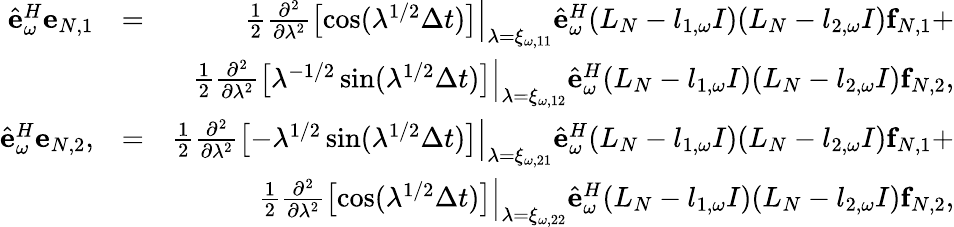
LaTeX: \begin{array}{rlr}{\hat{\mathbf e}_{\omega}^{H}{\mathbf e}_{N,1}}&{=}&{\frac{1}{2}\left.\frac{\partial^{2}}{\partial\lambda^{2}}\left[\cos(\lambda^{1/2}\Delta t)\right]\right|_{\lambda=\xi_{\omega,11}}\hat{\mathbf e}_{\omega}^{H}(L_{N}-l_{1,\omega}I)(L_{N}-l_{2,\omega}I){\mathbf f}_{N,1}+}\\ &{}&{\frac{1}{2}\left.\frac{\partial^{2}}{\partial\lambda^{2}}\left[\lambda^{-1/2}\sin(\lambda^{1/2}\Delta t)\right]\right|_{\lambda=\xi_{\omega,12}}\hat{\mathbf e}_{\omega}^{H}(L_{N}-l_{1,\omega}I)(L_{N}-l_{2,\omega}I){\mathbf f}_{N,2},}\\ {\hat{\mathbf e}_{\omega}^{H}{\mathbf e}_{N,2},}&{=}&{\frac{1}{2}\left.\frac{\partial^{2}}{\partial\lambda^{2}}\left[-\lambda^{1/2}\sin(\lambda^{1/2}\Delta t)\right]\right|_{\lambda=\xi_{\omega,21}}\hat{\mathbf e}_{\omega}^{H}(L_{N}-l_{1,\omega}I)(L_{N}-l_{2,\omega}I){\mathbf f}_{N,1}+}\\ &{}&{\frac{1}{2}\left.\frac{\partial^{2}}{\partial\lambda^{2}}\left[\cos(\lambda^{1/2}\Delta t)\right]\right|_{\lambda=\xi_{\omega,22}}\hat{\mathbf e}_{\omega}^{H}(L_{N}-l_{1,\omega}I)(L_{N}-l_{2,\omega}I){\mathbf f}_{N,2},}\end{array}